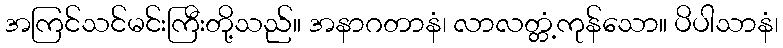
အကြင်သင်မင်းကြီးတို့သည်။ အနာဂတာနံ၊ လာလတ္တံ့ကုန်သော။ ပိပါသာနံ၊